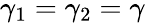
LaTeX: \gamma_{1}=\gamma_{2}=\gamma